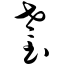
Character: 耋